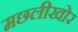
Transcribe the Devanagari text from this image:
मछलीखोर